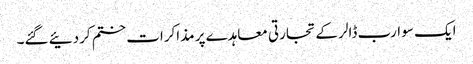
ایک سو ارب ڈالر کے تجارتی معاہدے پر مذاکرات ختم کردئیے گئے۔